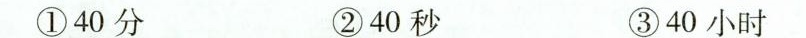
①40分 ②40秒 ③40小时